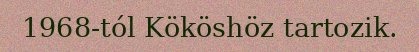
1968-tól Kököshöz tartozik.